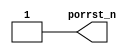
module sirv_aon_porrst(
  output porrst_n
);

  `ifdef FPGA_SOURCE//{
      // In FPGA, we have no PORRST circult
      assign porrst_n = 1'b1;
  `else //}{
      assign porrst_n = 1'b1;

  `endif//}


endmodule